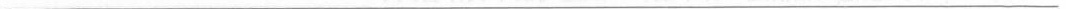
___